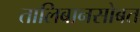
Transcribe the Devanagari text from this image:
तालिबानसोबत